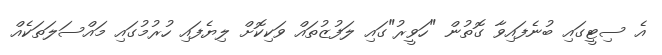
އެ ސިޓީގައި ބުނެފައިވާ ގޮތުން "ހަވީރު"ގައި ލަފުޒުތައް ވަކިކޮށް ލިޔެފައި ހުރުމުގައި މައްސަލަތަކެއް